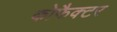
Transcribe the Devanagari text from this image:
कोफैक्टर